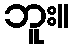
ဘူး။